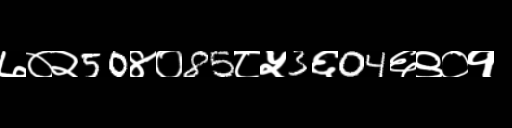
Text: ७०२50४०85८५3६04६९०१